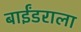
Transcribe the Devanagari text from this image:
बाईंडराला